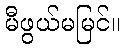
မီဖွယ်မမြင်။